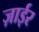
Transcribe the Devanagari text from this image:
ज़ाईर